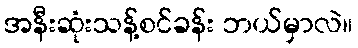
အနီးဆုံးသန့်စင်ခန်း ဘယ်မှာလဲ။